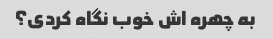
به چهره اش خوب نگاه کردی؟